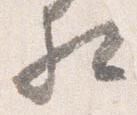
相